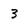
Character: 3